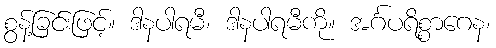
စွန့်ခြင်းဖြင့်။ ဒါနပါရမီ၊ ဒါနပါရမီကို။ အင်္ဂပရိစ္စာဂေန၊